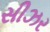
સીઝર